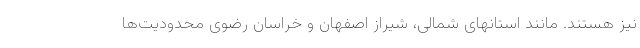
نیز هستند. مانند استانهای شمالی، شیراز اصفهان و خراسان رضوی محدودیت‌ها